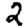
Digit: 2